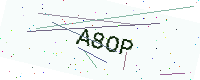
Text: A8OP